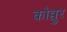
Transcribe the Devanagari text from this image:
कोव्वुर